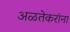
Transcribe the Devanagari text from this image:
अळतेकरांना